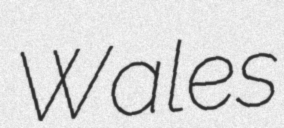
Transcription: Wales